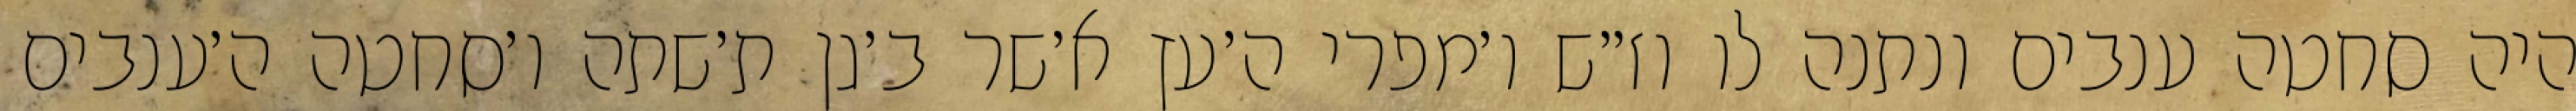
היה סחטה ענבים ונתנה לו וז״ש ו׳מפרי ה׳עץ א׳שר ב׳גן ת׳שתה ו׳סחטה ה׳ענבים